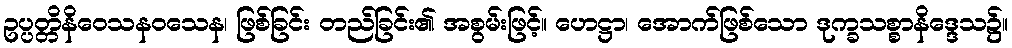
ဥပ္ပတ္တိနိဝေသနဝသေန၊ ဖြစ်ခြင်း တည်ခြင်း၏ အစွမ်းဖြင့်။ ဟေဋ္ဌာ၊ အောက်ဖြစ်သော ဒုက္ခသစ္စာနိဒ္ဒေသ၌။